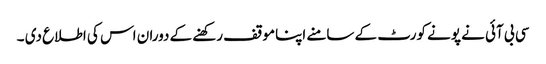
سی بی آئی نے پونے کورٹ کے سامنے اپناموقف رکھنے کے دوران اس کی اطلاع دی ۔